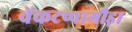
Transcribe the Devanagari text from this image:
वेंकटप्पागौड़ा